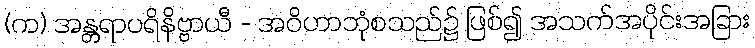
(က) အန္တရာပရိနိဗ္ဗာယီ - အဝိဟာဘုံစသည်၌ ဖြစ်၍ အသက်အပိုင်းအခြား